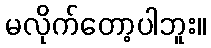
မလိုက်တော့ပါဘူး။